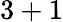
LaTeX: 3+1